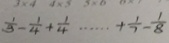
= \frac { 1 } { 3 } - \frac { 1 } { 4 } + \frac { 1 } { 4 } \cdots + \frac { 1 } { 7 } - \frac { 1 } { 8 }